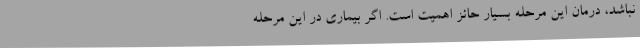
نباشد، درمان این مرحله بسیار حائز اهمیت است. اگر بیماری در این مرحله